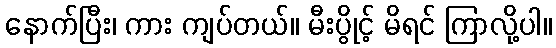
နောက်ပြီး၊ ကား ကျပ်တယ်။ မီးပွိုင့် မိရင် ကြာလို့ပါ။